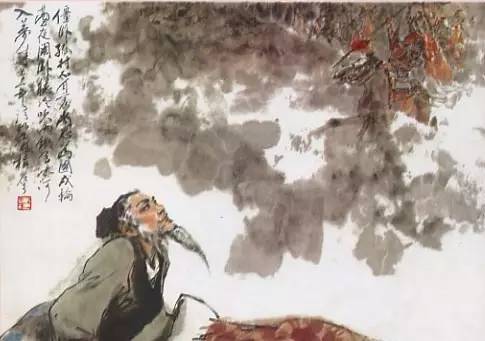
僵卧孤村不自哀，尚思为国戍轮台。